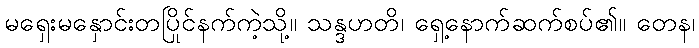
မရှေးမနှောင်းတပြိုင်နက်ကဲ့သို့။ သန္ဒဟတိ၊ ရှေ့နောက်ဆက်စပ်၏။ တေန၊